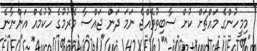
މިމީހުންގެ މައްޗަށް ކުށް ސާބިތުވެއްޖެ ނަމަ ދަން ޖައްސާ މެރުމުގެ ހުކުމެއް އަންނާނެ